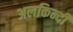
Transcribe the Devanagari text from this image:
अलकिन्दी